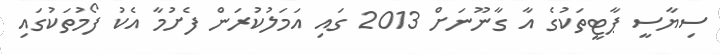
ސިޔާސީ ޕާޓީތަކުގެ އާ ގާނޫނަށް 2013 ގައި އަމަލުކުރަން ފެށުމާ އެކު ފޯމުތަކުގައި